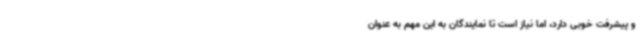
و پیشرفت خوبی دارد، اما نیاز است تا ‌نمایندگان به این مهم به عنوان